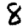
Digit: 8